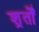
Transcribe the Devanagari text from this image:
शर्र्तों